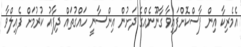
އެމެރިކާ އިން ފާސްކޮށްފައިވާ ގާނޫނެއްގެ ދަށުން އިންސާނީ ހައްގުތައް ދިފާއު ކުރުމަށް ފެއިލްވާ